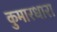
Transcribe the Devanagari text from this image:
कुमारधारा